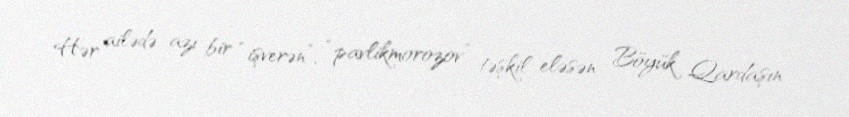
Hər ailədə azı bir “işverən”, “pavlikmorozov” təşkil eləsən Böyük Qardaşın